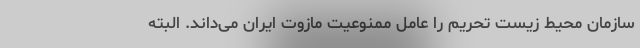
سازمان محیط زیست تحریم را عامل ممنوعیت مازوت ایران می‌داند. البته